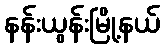
နန်းယွန်းမြို့နယ်